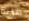
قرائة